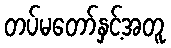
တပ်မတော်နှင့်အတူ